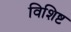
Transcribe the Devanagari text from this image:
विशिष्ट